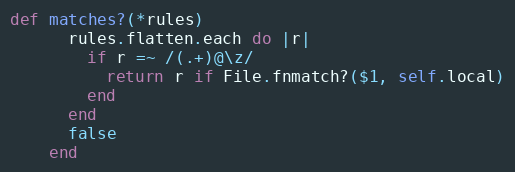
Language: Ruby
def matches?(*rules)
      rules.flatten.each do |r|
        if r =~ /(.+)@\z/
          return r if File.fnmatch?($1, self.local)
        end
      end
      false
    end